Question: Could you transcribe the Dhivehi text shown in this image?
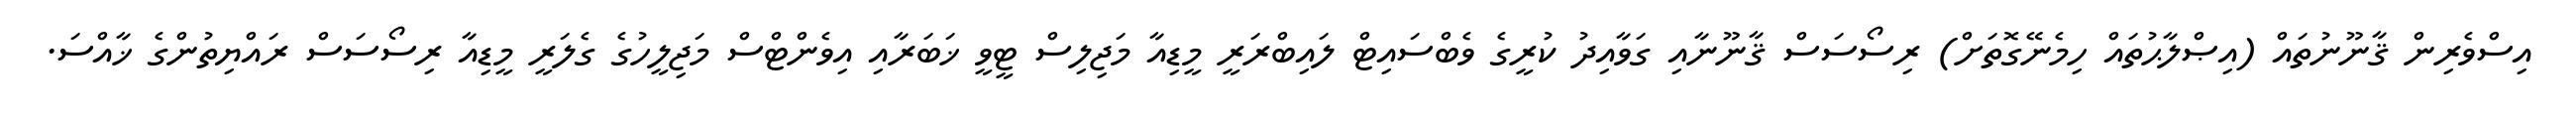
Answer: އިސްވެރިން ޤާނޫނުތައް (އިޞްލާޙުތައް ހިމެނޭގޮތަށް) ރިސޯސަސް ޤާނޫނާއި ގަވާއިދު ކުރީގެ ވެބްސައިޓް ލައިބްރަރީ މީޑިއާ މަޖިލިސް ޓީވީ ޚަބަރާއި އިވެންޓްސް މަޖިލީހުގެ ގެލަރީ މީޑިއާ ރިސޯސަސް ރައްޔިތުންގެ ޚާއްސަ.